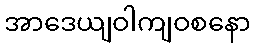
အာဒေယျဝါကျဝစနော